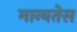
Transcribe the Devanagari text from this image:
मान्यतेस